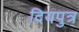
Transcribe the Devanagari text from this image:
दियपुत्र